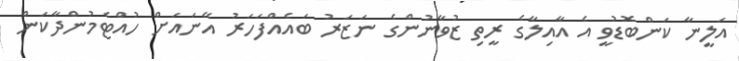
އަލީނާ ކަންބޮޑުވީ އެ އާއިލާގެ ރީތި ޒުވާނުންގެ ނަޒަރު ބައެއްފަހަރު އޭނައަށް ހުއްޓެމުންދާކަން